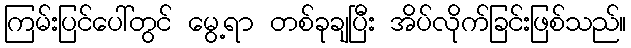
ကြမ်းပြင်ပေါ်တွင် မွေ့ရာ တစ်ခုချပြီး အိပ်လိုက်ခြင်းဖြစ်သည်။